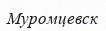
Муромцевск